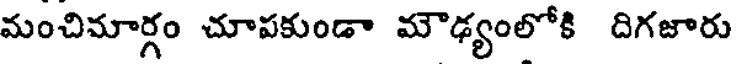
మంచిమార్గం చూపకుండా మౌఢ్యంలోకి దిగజారు